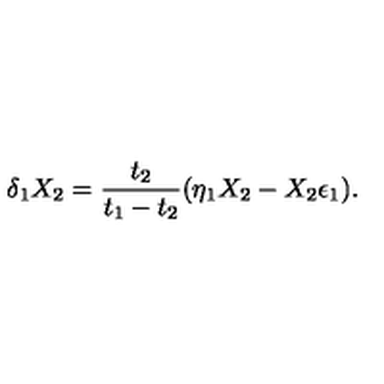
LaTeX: \delta _ { 1 } X _ { 2 } = { \frac { t _ { 2 } } { t _ { 1 } - t _ { 2 } } } ( \eta _ { 1 } X _ { 2 } - X _ { 2 } \epsilon _ { 1 } ) .